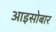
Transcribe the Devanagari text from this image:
आइसोबार